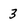
Character: 3